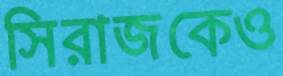
সিরাজকেও